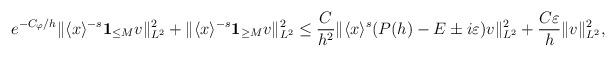
LaTeX: \begin{align*} e^{-C_\varphi/h}\|\langle x \rangle^{-s} \mathbf{1}_{\le M} v \|^2_{L^2} + \|\langle x \rangle^{-s} \mathbf{1}_{\ge M} v \|^2_{L^2} &\le \frac{C}{h^2} \|\langle x \rangle^{s} (P(h) - E \pm i\varepsilon)v \|^2_{L^2} + \frac{C\varepsilon}{h} \| v \|^2_{L^2},\end{align*}